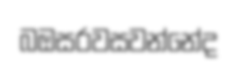
බඔසරවසවන්නේද